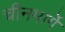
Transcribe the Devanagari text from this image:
चीनमार्गे